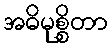
အဓိမုစ္စိတာ